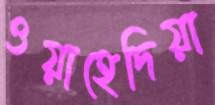
ওয়াহেদিয়া